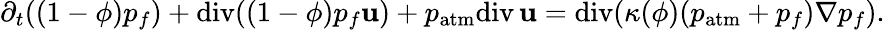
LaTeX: \partial_{t}((1-\phi)p_{f})+\mathrm{div}((1-\phi)p_{f}{\mathbf u})+p_{\mathrm{atm}}\mathrm{div}\, {\mathbf u}=\mathrm{div}(\kappa(\phi)(p_{\mathrm{atm}}+p_{f})\nabla p_{f}).